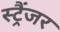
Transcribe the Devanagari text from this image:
स्ट्रैंजर